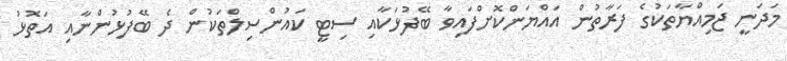
މަދަނީ ޖަމިއްޔާތަކުގެ ފަރާތުން އައްޔަންކޮށްފައިވާ ބޭފުޅަކާއި ސިޓީ ކައުންސިލްތަކުން ދެ ބޭފުޅުންނާއި އަތޮޅު